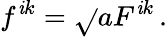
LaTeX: f^{\mathit{i}k}=\sqrt{}{{a}}F^{\mathit{i}k}\, .